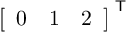
{ \left[ \begin{array} { l l l } { 0 } & { 1 } & { 2 } \end{array} \right] } ^ { \textsf { T } }